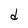
Character: d